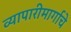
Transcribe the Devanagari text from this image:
व्यापारीमार्गाचे